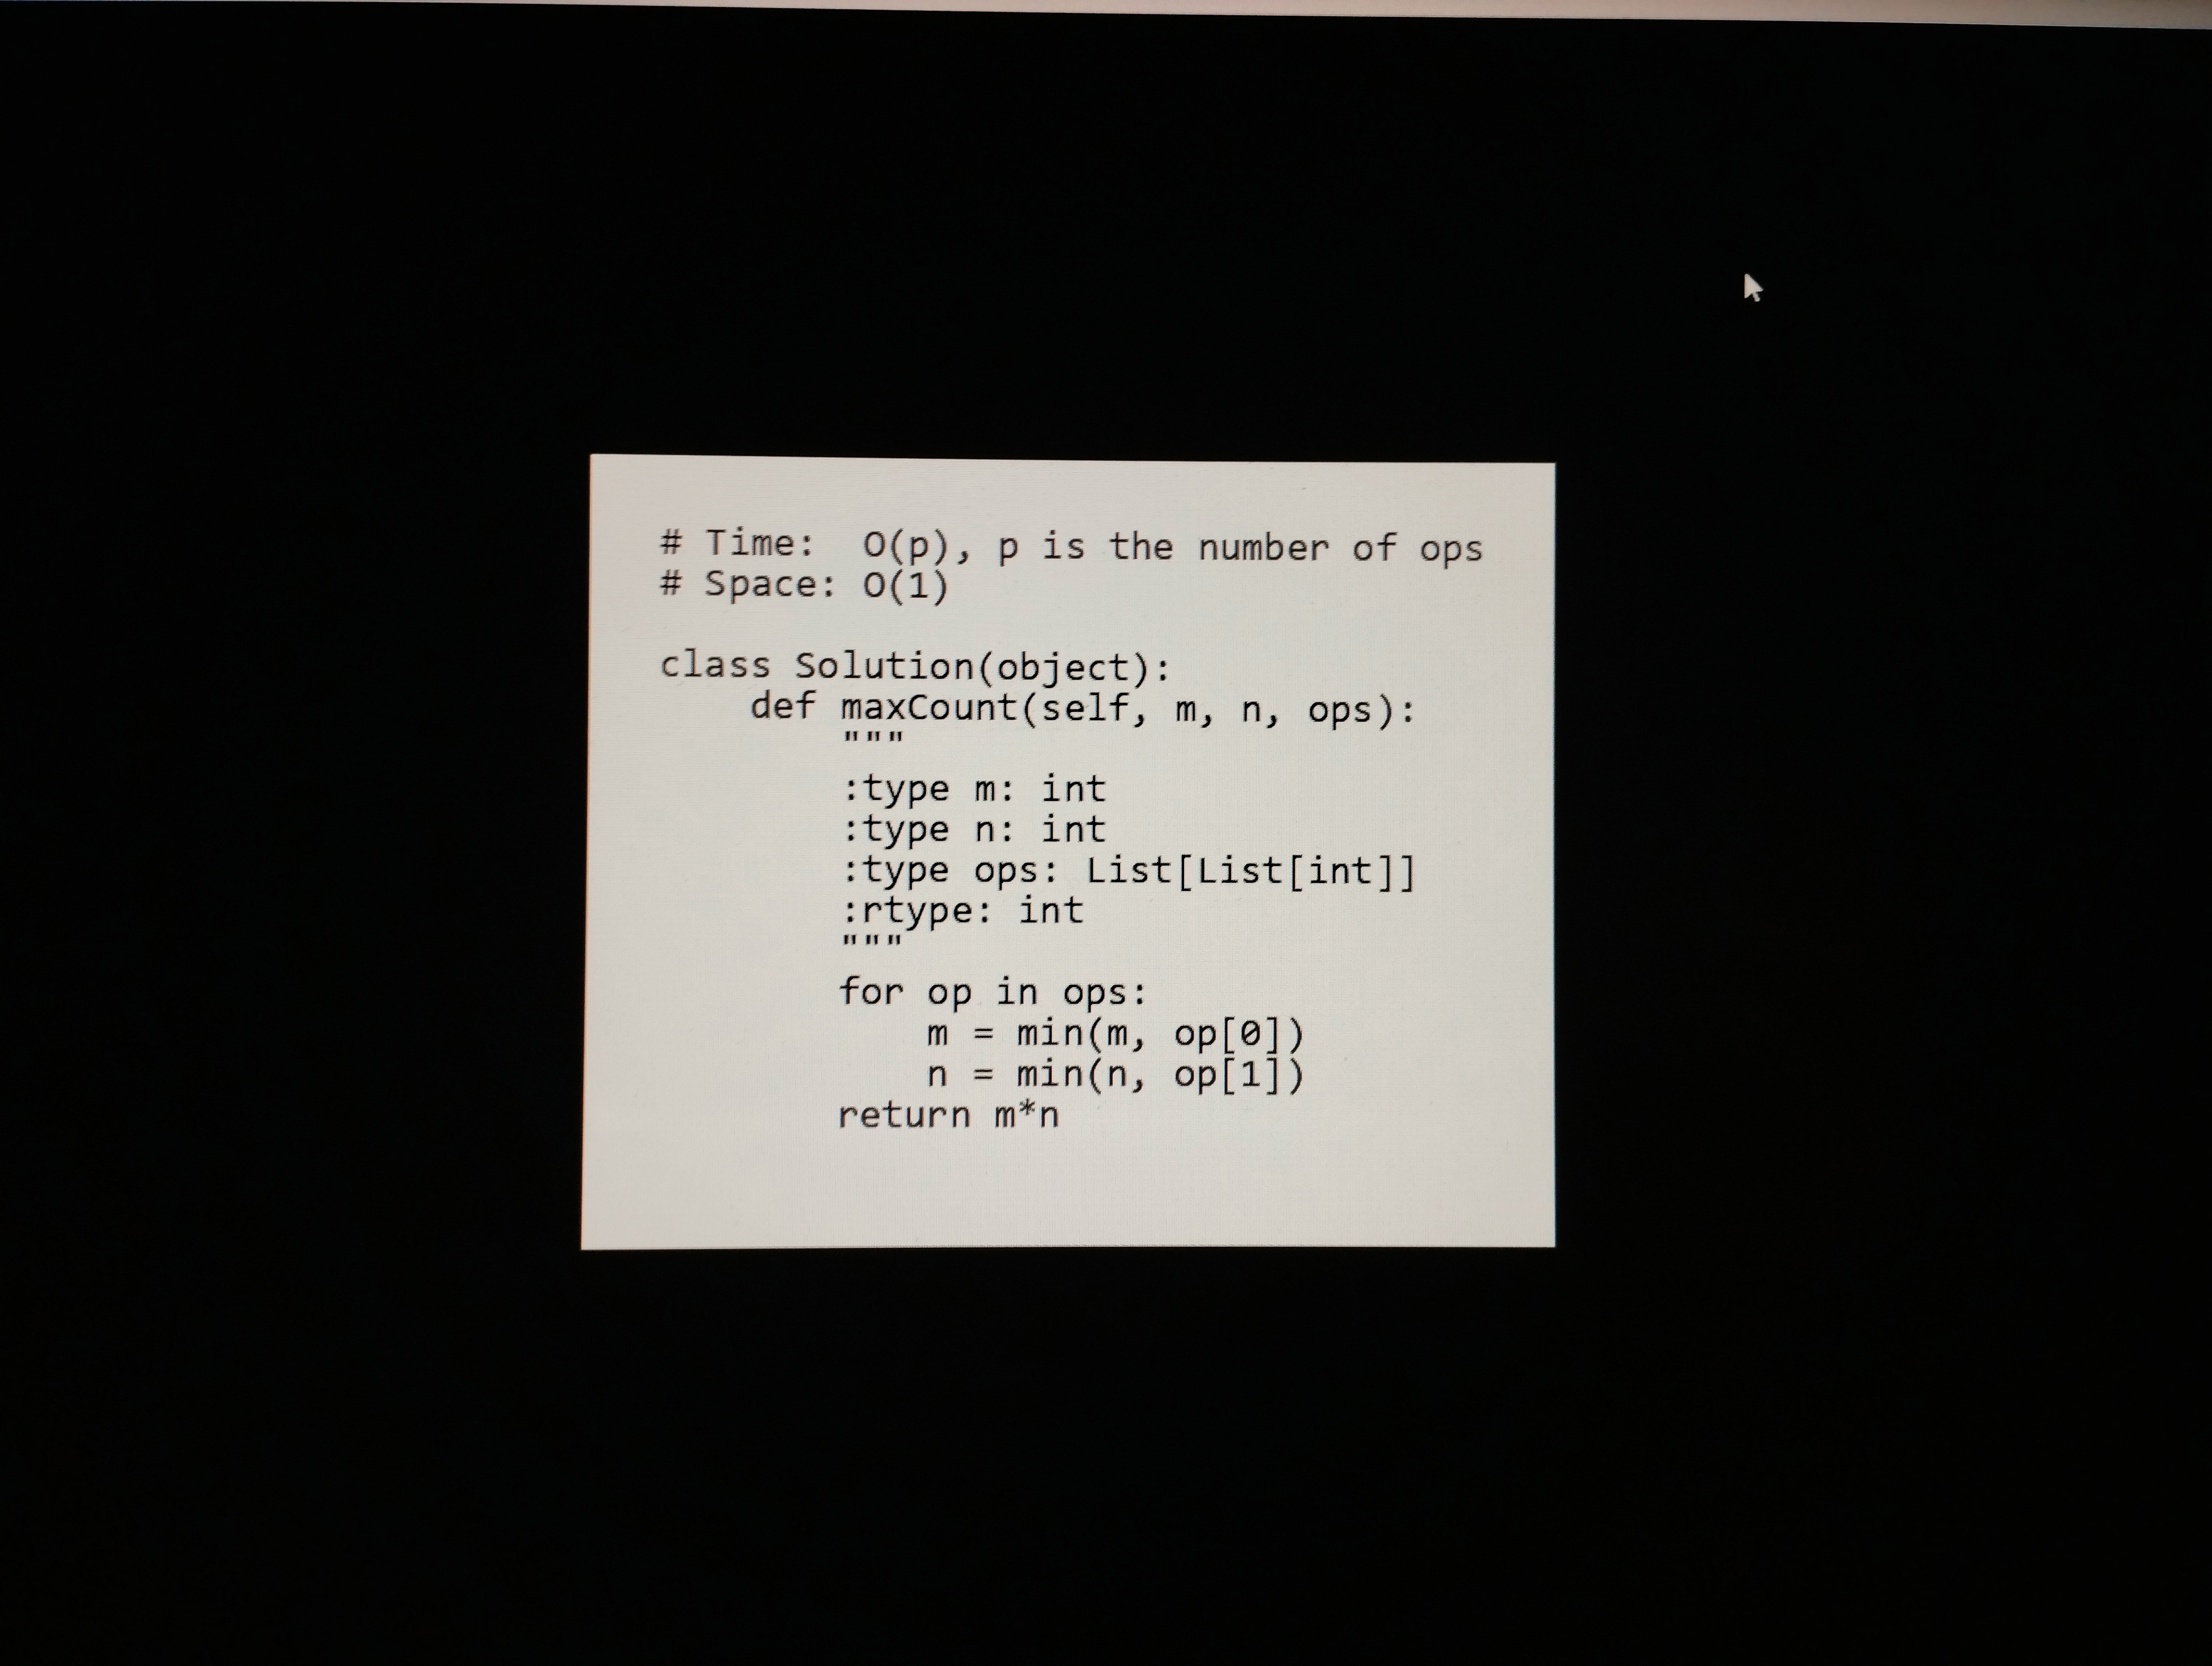
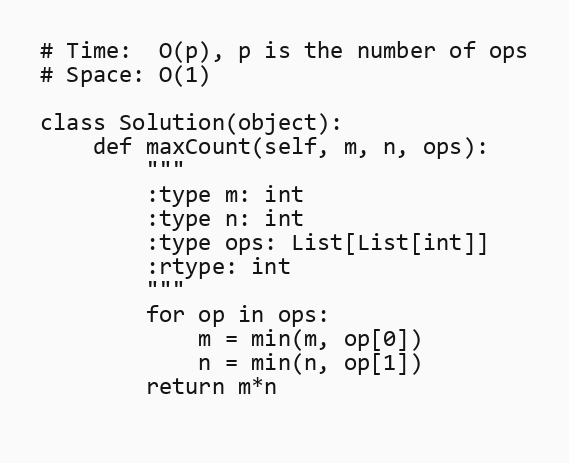
# Time:  O(p), p is the number of ops
# Space: O(1)

class Solution(object):
    def maxCount(self, m, n, ops):
        """
        :type m: int
        :type n: int
        :type ops: List[List[int]]
        :rtype: int
        """
        for op in ops:
            m = min(m, op[0])
            n = min(n, op[1])
        return m*n